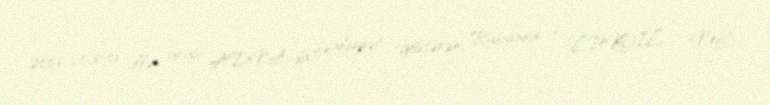
2006-2016-cı illər arası ADNA-da fəaliyyət göstərən, Rusiyanın " LUKOİL " Neft